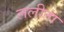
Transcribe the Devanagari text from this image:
ललीता